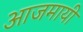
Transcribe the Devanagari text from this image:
आजमायी